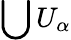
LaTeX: \bigcup U_{\alpha}